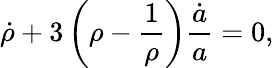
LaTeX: \dot{\rho}+3\left(\rho-\frac 1{\rho}\right)\frac{\dot{a}}{a}=0,